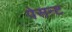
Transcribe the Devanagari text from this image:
पेसन्ट